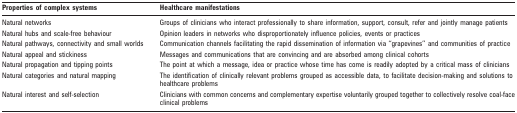
| Properties of complex systems | Healthcare manifestations |
 | --- | --- |
 | Natural networks | Groups of clinicians who interact professionally to share information, support, consult, refer and jointly manage patients |
 | Natural hubs and scale-free behaviour | Opinion leaders in networks who disproportionately influence policies, events or practices |
 | Natural pathways, connectivity and small worlds | Communication channels facilitating the rapid dissemination of information via “grapevines” and communities of practice |
 | Natural appeal and stickiness | Messages and communications that are convincing and are absorbed among clinical cohorts |
 | Natural propagation and tipping points | The point at which a message, idea or practice whose time has come is readily adopted by a critical mass of clinicians |
 | Natural categories and natural mapping | The identification of clinically relevant problems grouped as accessible data, to facilitate decision-making and solutions to healthcare problems |
 | Natural interest and self-selection | Clinicians with common concerns and complementary expertise voluntarily grouped together to collectively resolve coal-face clinical problems |